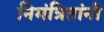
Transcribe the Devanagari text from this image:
निमंत्रितांनी